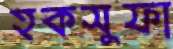
হকসুফা